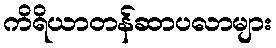
ကိရိယာတန်ဆာပလာများ